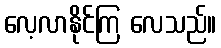
လေ့လာနိုင်ကြ လေသည်။